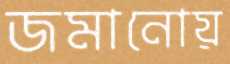
জমানোয়